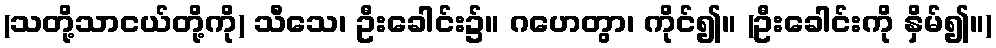
(သတို့သာငယ်တို့ကို) သီသေ၊ ဦးခေါင်း၌။ ဂဟေတွာ၊ ကိုင်၍။ (ဦးခေါင်းကို နှိမ်၍။)